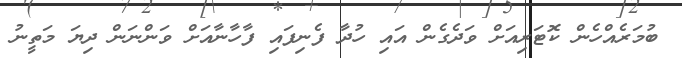
ބުމަރެއްހެން ކޮޓަރިއަށް ވަދެގެން އައި ހުދާ ފެނިފައި ފާހާނާއަށް ވަންނަން ދިޔަ މަތީނު